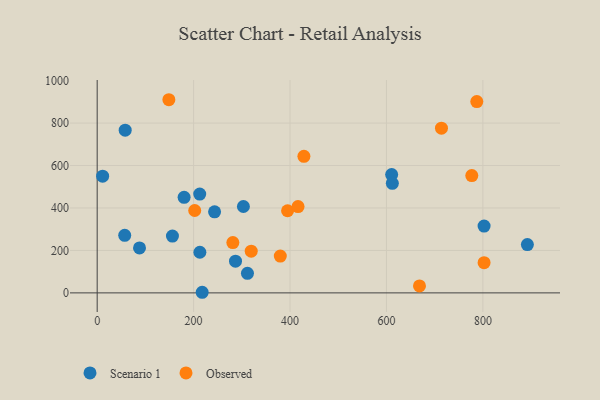
{"axis": {"x": "Distance", "y": "Salary"}, "legend": ["Observed", "Scenario 1"], "data": [{"x": "802.5", "y": 314.6, "type": "Scenario 1"}, {"x": "156.1", "y": 267.9, "type": "Scenario 1"}, {"x": "610.8", "y": 557.4, "type": "Scenario 1"}, {"x": "212.7", "y": 465.7, "type": "Scenario 1"}, {"x": "612.2", "y": 516.3, "type": "Scenario 1"}, {"x": "87.8", "y": 212.0, "type": "Scenario 1"}, {"x": "286.9", "y": 149.2, "type": "Scenario 1"}, {"x": "11.3", "y": 550.0, "type": "Scenario 1"}, {"x": "892.3", "y": 227.8, "type": "Scenario 1"}, {"x": "303.3", "y": 407.0, "type": "Scenario 1"}, {"x": "311.7", "y": 92.1, "type": "Scenario 1"}, {"x": "213.0", "y": 191.5, "type": "Scenario 1"}, {"x": "180.3", "y": 450.2, "type": "Scenario 1"}, {"x": "58.1", "y": 766.4, "type": "Scenario 1"}, {"x": "243.5", "y": 381.9, "type": "Scenario 1"}, {"x": "217.8", "y": 2.9, "type": "Scenario 1"}, {"x": "57.1", "y": 271.4, "type": "Scenario 1"}, {"x": "428.8", "y": 643.4, "type": "Observed"}, {"x": "148.7", "y": 910.1, "type": "Observed"}, {"x": "668.5", "y": 33.0, "type": "Observed"}, {"x": "394.9", "y": 387.0, "type": "Observed"}, {"x": "379.8", "y": 173.5, "type": "Observed"}, {"x": "714.1", "y": 775.9, "type": "Observed"}, {"x": "319.5", "y": 196.7, "type": "Observed"}, {"x": "802.5", "y": 142.5, "type": "Observed"}, {"x": "787.4", "y": 901.2, "type": "Observed"}, {"x": "777.0", "y": 552.5, "type": "Observed"}, {"x": "416.6", "y": 406.9, "type": "Observed"}, {"x": "202.3", "y": 388.2, "type": "Observed"}, {"x": "281.4", "y": 236.9, "type": "Observed"}]}